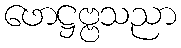
ဖောဋ္ဌဗ္ဗသညာ